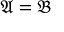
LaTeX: { \mathfrak { A } } = { \mathfrak { B } }